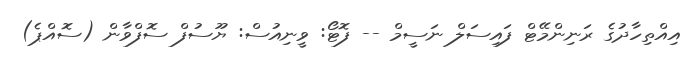
އިއްތިހާދުގެ ރަނިންމޭޓް ފައިސަލް ނަސީމް -- ފޮޓޯ: ވީނިއުސް: ޔޫސުފް ސޮފްވާން (ސޮއްޕެ)